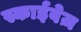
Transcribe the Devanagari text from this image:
स्काईवेज़